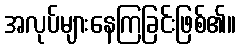
အလုပ်များနေကြခြင်းဖြစ်၏။